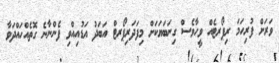
ވަރަށް ފުރިހަމަ ރިޕޯރޓެއް ވީހާވެސް ގިނަބަޔަކަށް މިފަދަރިޕޯރޓް އަބަދު އަޑުއިއްވި ފެންނާނެ ގޮތެއްހައްދަވާ